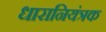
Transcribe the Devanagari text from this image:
धारानियंत्रक